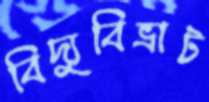
বিদ্যুবিভ্রাট